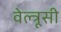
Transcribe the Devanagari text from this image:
वेल्त्रूसी